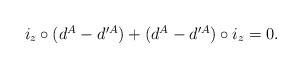
LaTeX: \begin{align*} \begin{array}{c}i_{z}\circ ( d^{A}-d^{\prime A}) +( d^{A}-d^{\prime A}) \circ i_{z}=0.\end{array}\end{align*}